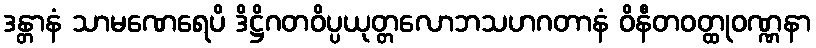
ဒန္တာနံ သာမဏေရေပိ ဒိဋ္ဌိဂတဝိပ္ပယုတ္တလောဘသဟဂတာနံ ဝိနီတဝတ္ထုဝဏ္ဏနာ